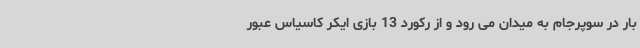
بار در سوپرجام به میدان می رود و از رکورد 13 بازی ایکر کاسیاس عبور